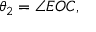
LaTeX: \theta _ { 2 } = \angle E O C ,